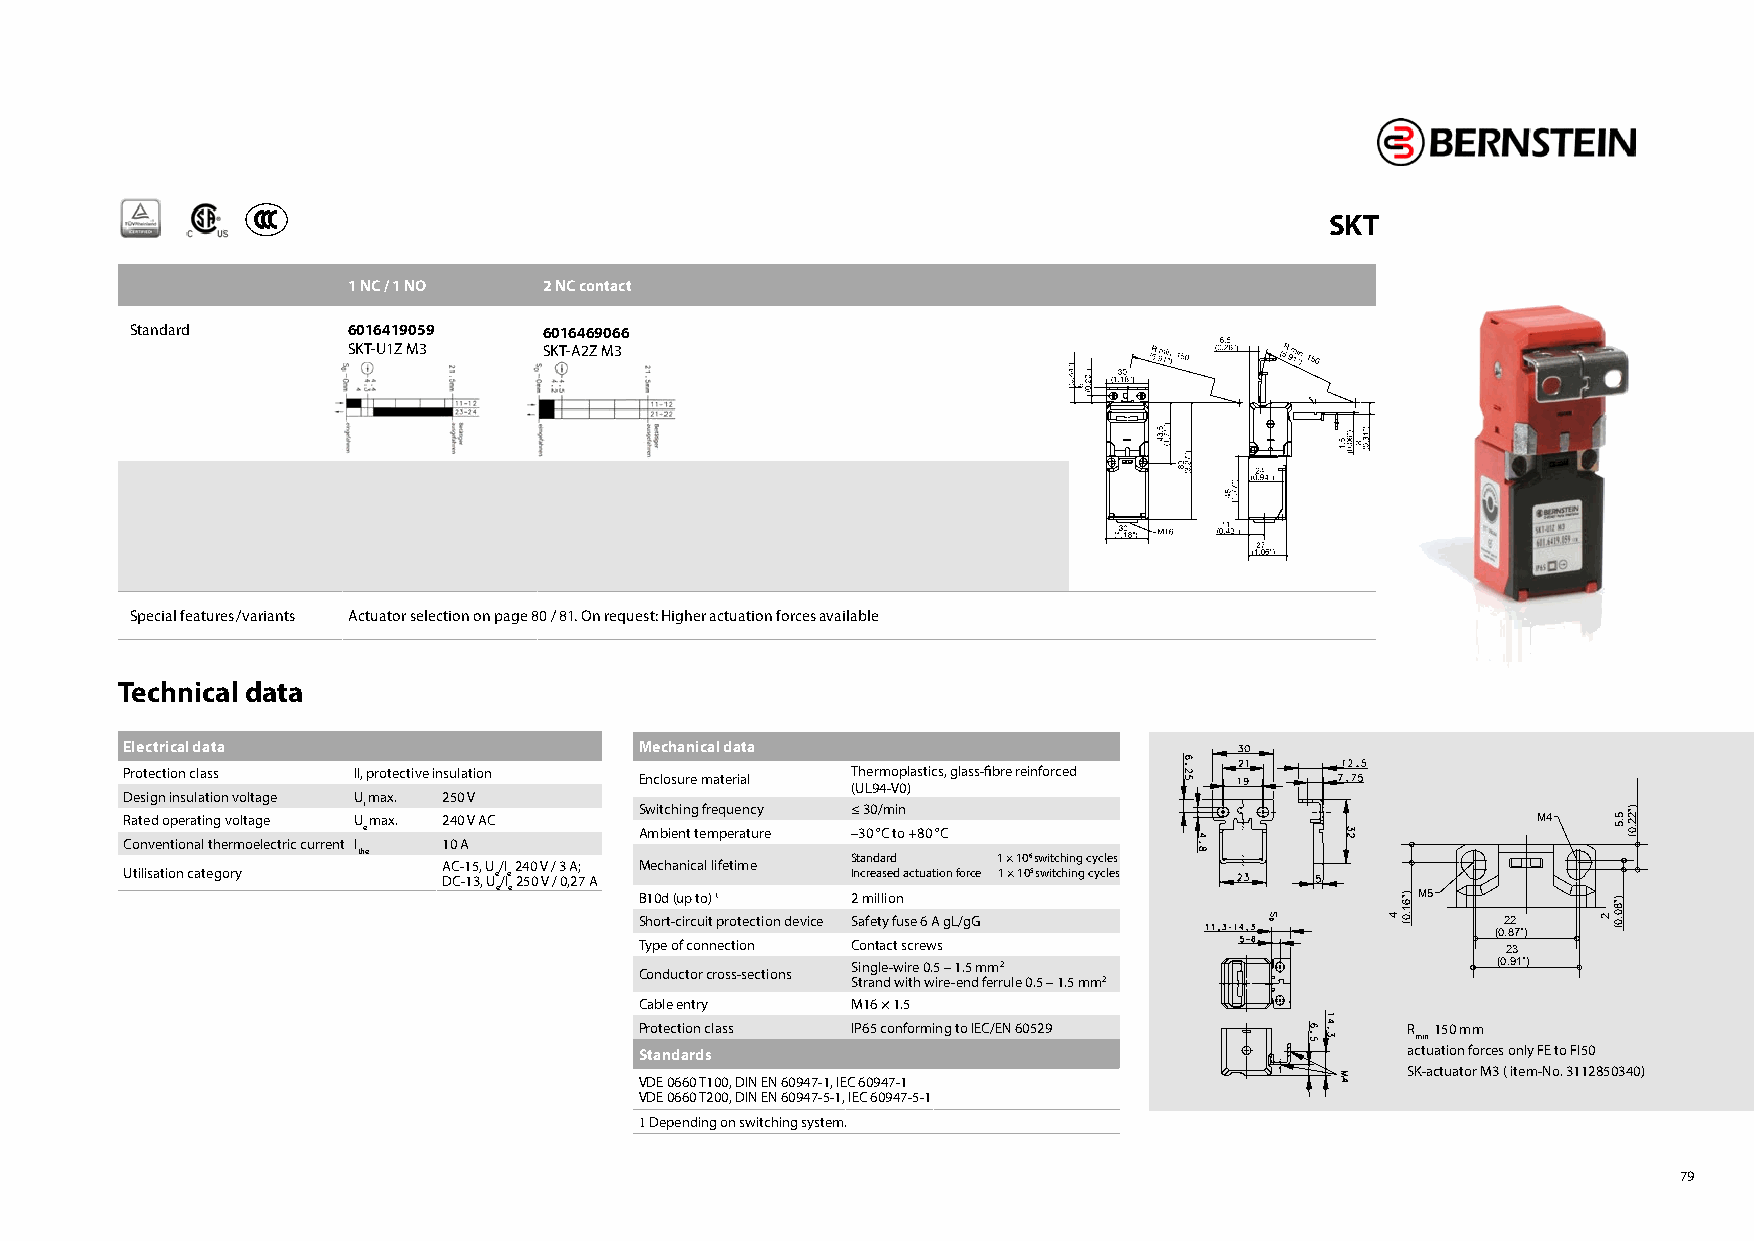
SKT
 1 NC / 1 NO  2 NC contact
 Standard      6016419059   6016469066
 SKT-U1Z M3   SKT-A2Z M3
 Special features/ variants Actuator selection on page 80 / 81. On request: Higher actuation forces available
 Technical data
 Electrical data                   Mechanical data
 Protection class II, protective insulation      Thermoplastics, glass-fibre reinforced
 Enclosure material
 (UL94-V0)
 Design insulation voltage U max. 250 V
 R Ca ot ne vd
 e
 o np tie or na at li n thg
 e
 v ro mlt oa eg le
 ectric current
 U
 Ii
 e
 max. 12 04 0
 A
 V AC
 S Aw mi btc ih enin tg
 t
 efr meq pu ee ran tc uy
 re
 ≤
 –3
 3 00 °/ Cm ti on
 +80 °C
 M4   5.5
 )"22.0(
 the                             Standard  1 × 106 switching cycles
 AC-15, U/I 240 V / 3 A; Mechanical lifetime
 Utilisation category DC-13, Ue/Ie 250 V / 0,27 A Increased actuation force 1 × 105 switching cycles
 e e      B Sh1 o0d
 rt
 -( cu ip
 rc
 t uo i)
 t
 �
 protection device
 2
 Sa
 m fei tll yio fn
 use 6 A gL/gG                    4
 )"61.0(M5
 ( 0
 2 .82
 7")
 2
 )"80.0(
 Type of connection Contact screws
 23
 Single-wire 0.5 – 1.5 mm2                  (0.91")
 Conductor cross-sections
 Strand with wire-end ferrule 0.5 – 1.5 mm2
 Cable entry   M16 × 1.5
 Protection class IP65 conforming to IEC/EN 60529   R 150 mm
 min
 Standards                                          actuation forces only FE to FI50
 SK-actuator M3 ( item-No. 3112850340)
 VDE 0660 T100, DIN EN 60947-1, IEC 60947-1
 VDE 0660 T200, DIN EN 60947-5-1, IEC 60947-5-1
 � Depending on switching system.
 79